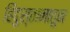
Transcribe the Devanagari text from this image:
हिंदुस्तानातून